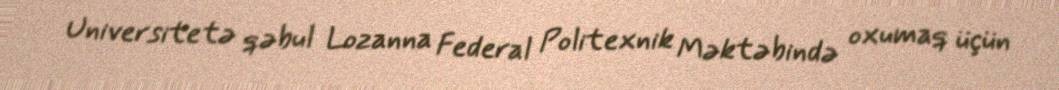
Universitetə qəbul Lozanna Federal Politexnik Məktəbində oxumaq üçün